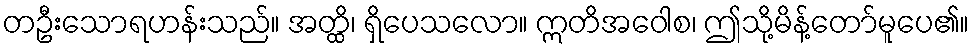
တဦးသောရဟန်းသည်။ အတ္ထိ၊ ရှိပေသလော။ ဣတိအဝေါစ၊ ဤသို့မိန့်တော်မူပေ၏။